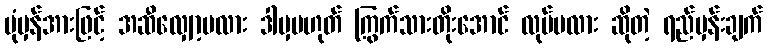
ပုံမှန်အားဖြင့် အဆီလျှော့မလား ဒါမှမဟုတ် ကြွက်သားတိုးအောင် လုပ်မလား ဆိုတဲ့ ရည်မှန်းချက်